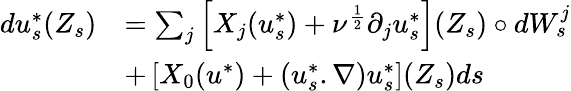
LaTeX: \begin{array}{rl}{du_{s}^{*}(Z_{s})}&{=\sum_{j}\left[X_{j}(u_{s}^{*})+\nu^{\frac{1}{2}}\partial_{j}u_{s}^{*}\right](Z_{s})\circ dW_{s}^{j}}\\ &{+\left[X_{0}(u^{*})+(u_{s}^{*}.\nabla)u_{s}^{*}\right](Z_{s})ds}\end{array}